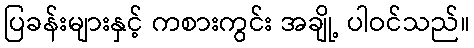
ပြခန်းများနှင့် ကစားကွင်း အချို့ ပါဝင်သည်။